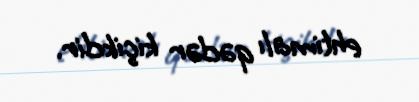
ehtimalı qədər kiçikdir.